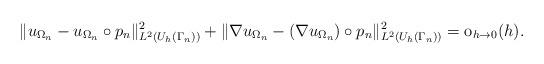
LaTeX: \begin{align*} \|u_{\Omega_n}-u_{\Omega_n}\circ p_n\|_{L^2(U_h(\Gamma_n))}^2+ \|\nabla u_{\Omega_n}-(\nabla u_{\Omega_n})\circ p_n\|_{L^2(U_h(\Gamma_n))}^2 ={\operatorname{o}}_{h\to 0}(h).\end{align*}